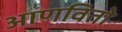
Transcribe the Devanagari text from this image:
आणवितो